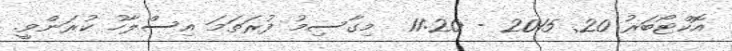
އޮކްޓޯބަރު 20